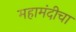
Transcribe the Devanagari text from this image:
महामंदीचा